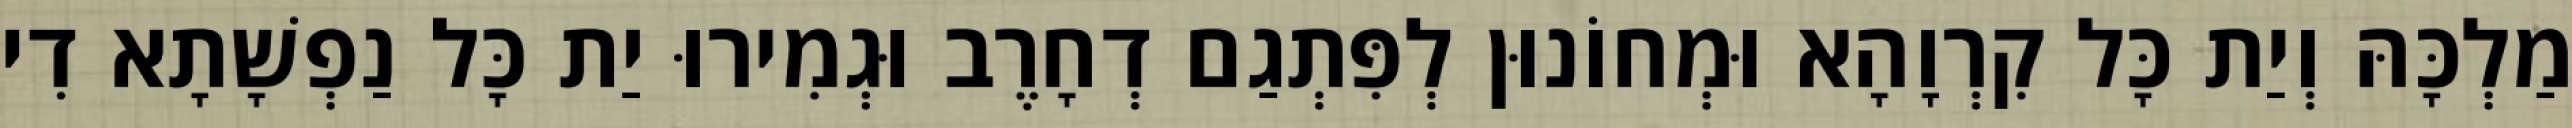
מַלְכָּהּ וְיַת כָּל קִרְוָהָא וּמְחוֹנוּן לְפִּתְגַם דְחָרֶב וּגְמִירוּ יַת כָּל נַפְשָׁתָא דִי